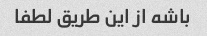
باشه از این طریق لطفا